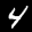
Label: 4